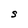
Character: S